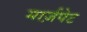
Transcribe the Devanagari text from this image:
मार्ज़पेट